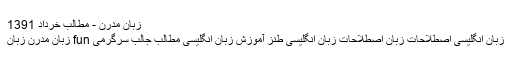
زبان مدرن - مطالب خرداد 1391
زبان انگلیسی اصطلاحات زبان اصطلاحات زبان انگلیسی طنز آموزش زبان انگلیسی مطالب جالب سرگرمی fun زبان مدرن زبان